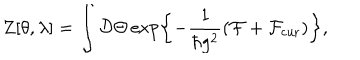
LaTeX: Z [ \theta , \lambda ] = \int { \cal D } \Theta \exp \left\{ - \frac { 1 } { \hbar g ^ { 2 } } \left( { \cal F } + { \cal F } _ { \mathrm { c u r } } \right) \right\} ,